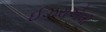
ઈઝરાએલી